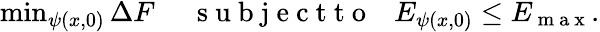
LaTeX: \begin{array}{r}{\operatorname*{min}_{\psi(x,0)}\Delta F\mathrm{~\ \ \ \ \ s~u~b~j~e~c~t~t~o~\ \ \ }E_{\psi(x,0)}\le E_{\mathrm{~m~a~x~}}.}\end{array}